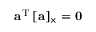
\mathbf { a } ^ { \mathrm { T } } \, [ \mathbf { a } ] _ { \times } = \mathbf { 0 }